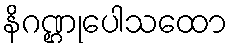
နိဂဏ္ဌုပေါသထော